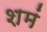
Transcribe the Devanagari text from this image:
शमं